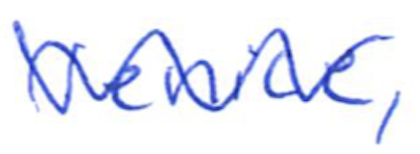
Text: Venice,
Cross-out: wave
Writing tool: ballpoint